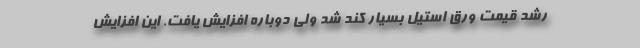
رشد قیمت ورق استیل بسیار کند شد ولی دوباره افزایش یافت. این افزایش